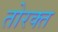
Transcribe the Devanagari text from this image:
तोरक्त